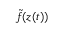
\tilde { f } ( \ensuremath { \boldsymbol { z } } ( t ) )